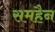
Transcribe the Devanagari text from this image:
समहैन